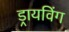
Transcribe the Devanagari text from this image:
ड्रायविंग